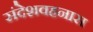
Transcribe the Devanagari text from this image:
संदेशवहनास